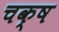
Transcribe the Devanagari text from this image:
चक्ष